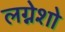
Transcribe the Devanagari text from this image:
लग्नेशो